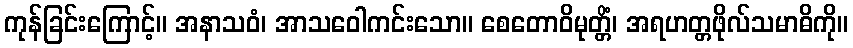
ကုန်ခြင်းကြောင့်။ အနာသဝံ၊ အာသဝေါကင်းသော။ စေတောဝိမုတ္တိံ၊ အရဟတ္တဖိုလ်သမာဓိကို။